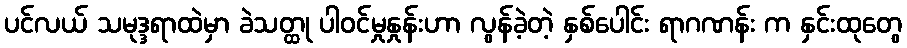
ပင်လယ် သမုဒ္ဒရာထဲမှာ ခဲသတ္ထု ပါဝင်မှုနှုန်းဟာ လွန်ခဲ့တဲ့ နှစ်ပေါင်း ရာဂဏန်း က နှင်းထုတွေ